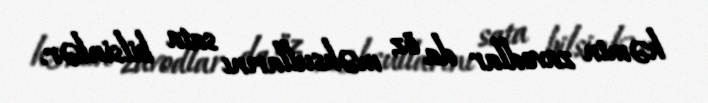
həmin zavodlar da öz məhsullarını sata bilsinlər.